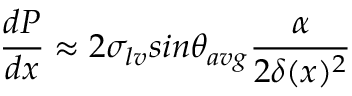
\frac { d P } { d x } \approx 2 \sigma _ { l v } s i n \theta _ { a v g } \frac { \alpha } { 2 \delta ( x ) ^ { 2 } }